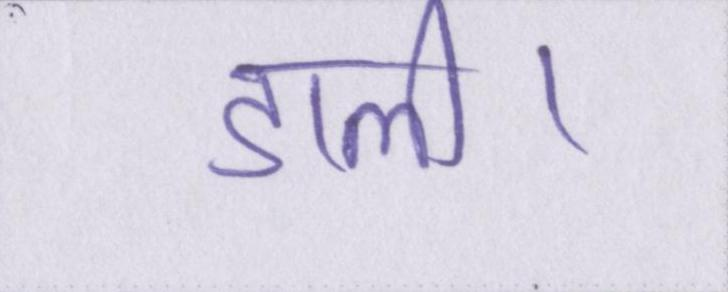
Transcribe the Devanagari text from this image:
डाली।